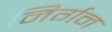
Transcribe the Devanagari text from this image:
निर्गन